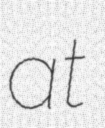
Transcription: at